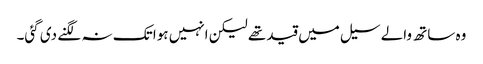
وہ ساتھ والے سیل میں قید تھے لیکن انہیں ہوا تک نہ لگنے دی گئی۔